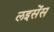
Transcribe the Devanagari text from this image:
लइसेंस